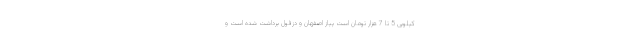
کیلویی 5 تا 7 هزار تومان است پیاز اصفهان و دزفول برداشت شده است و